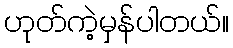
ဟုတ်ကဲ့မှန်ပါတယ်။